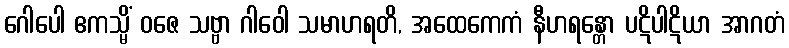
ဂေါပေါ ဧကသ္မိံ ဝဇေ သဗ္ဗာ ဂါဝေါ သမာဟရတိ, အထေကေကံ နီဟရန္တော ပဋိပါဋိယာ အာဂတံ